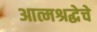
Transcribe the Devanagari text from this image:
आत्मश्रद्धेचे